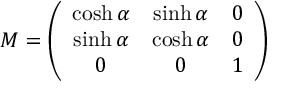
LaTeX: M = \left( \begin{array} { c c c } { { \cosh \alpha } } & { { \sinh \alpha } } & { { 0 } } \\ { { \sinh \alpha } } & { { \cosh \alpha } } & { { 0 } } \\ { { 0 } } & { { 0 } } & { { 1 } } \end{array} \right)